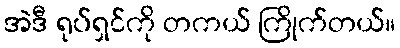
အဲဒီ ရုပ်ရှင်ကို တကယ် ကြိုက်တယ်။